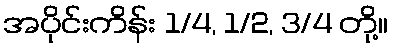
အပိုင်းကိန်း 1/4, 1/2, 3/4 တို့။